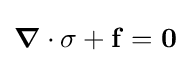
{\boldsymbol {\nabla }}\cdot \sigma +\mathbf {f} ={\boldsymbol {0}}